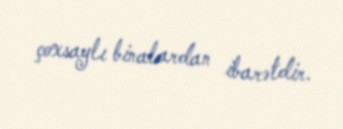
çoxsaylı binalardan ibarətdir.